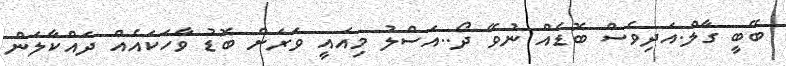
ބޭބީ ގާލް.އަދިވެސް ބޮޑެއް ނުވޭ ދޯ..އަސްލު މިއައީ ވަރަށް ބޮޑު ވާހަކައެއް ދައްކާލަން